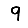
Digit: 9